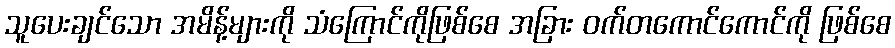
သူပေးချင်သော အမိန့်များကို သံကြောင်ကိုဖြစ်စေ အခြား ဝက်တကောင်ကောင်ကို ဖြစ်စေ